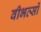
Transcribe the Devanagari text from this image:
वीभत्सों